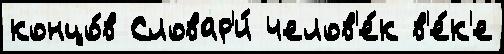
концо́в Словар'и́ челов'е́к в'е́к'е